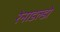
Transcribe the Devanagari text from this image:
रेनाडल्डो